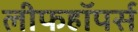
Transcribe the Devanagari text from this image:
लीफहॉपर्स